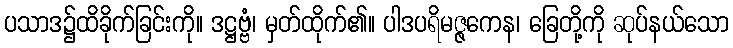
ပသာဒ၌ထိခိုက်ခြင်းကို။ ဒဋ္ဌဗ္ဗံ၊ မှတ်ထိုက်၏။ ပါဒပရိမဇ္ဇကေန၊ ခြေတို့ကို ဆုပ်နယ်သော